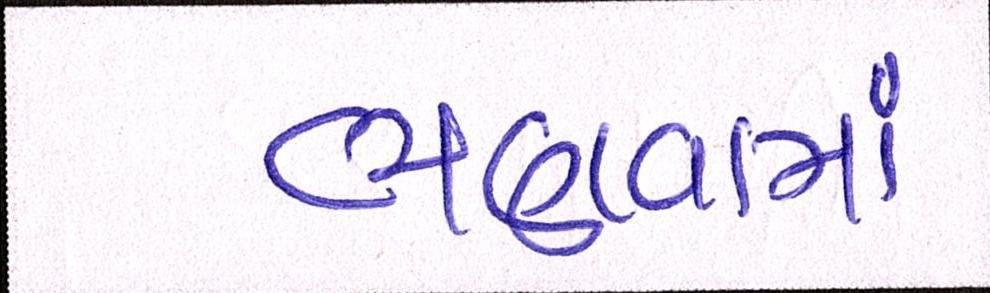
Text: ભણાવામાં